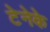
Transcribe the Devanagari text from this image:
टेनेके